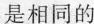
是相同的